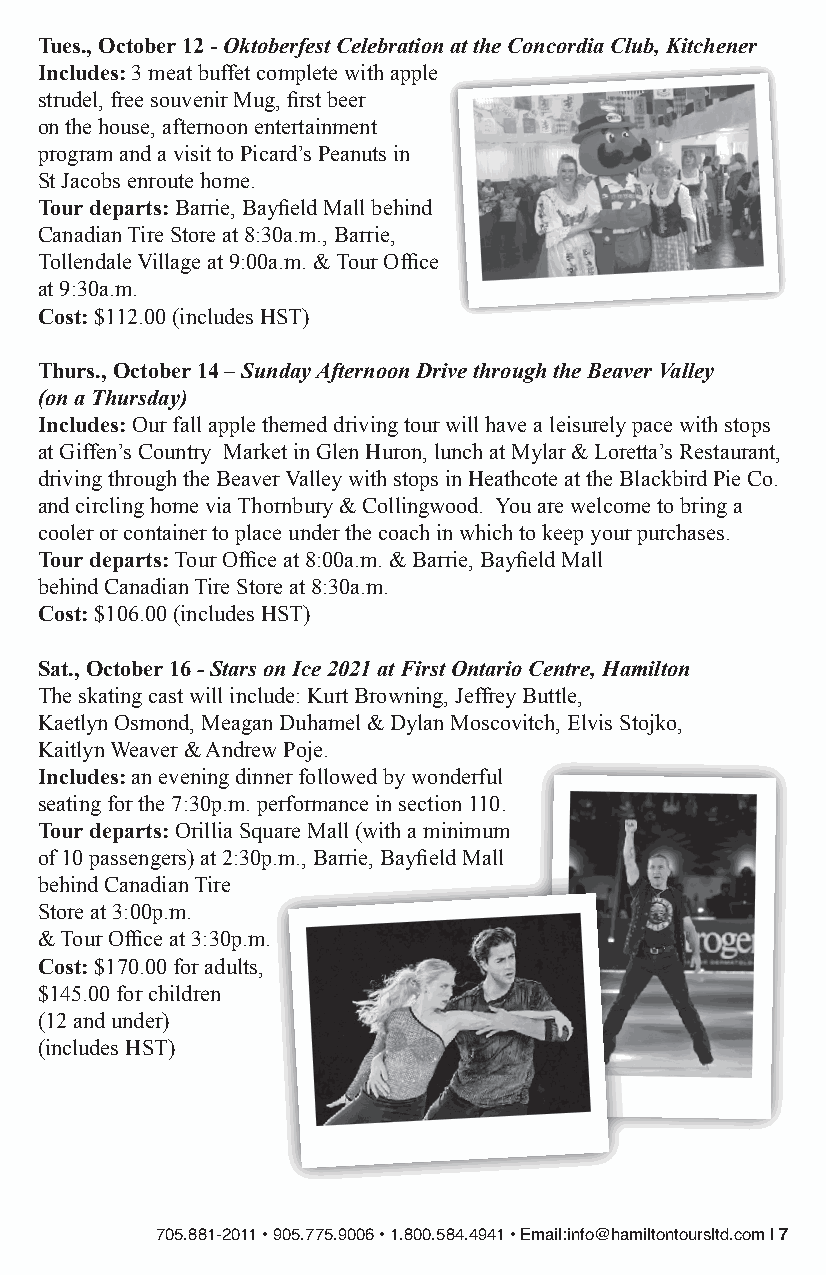
Tues., October 12 - Oktoberfest Celebration at the Concordia Club, Kitchener
 Includes: 3 meat buffet complete with apple
 strudel, free souvenir Mug, first beer
 on the house, afternoon entertainment
 program and a visit to Picard’s Peanuts in
 St Jacobs enroute home.
 Tour departs: Barrie, Bayfield Mall behind
 Canadian Tire Store at 8:30a.m., Barrie,
 Tollendale Village at 9:00a.m. & Tour Office
 at 9:30a.m.
 Cost: $112.00 (includes HST)
 Thurs., October 14 – Sunday Afternoon Drive through the Beaver Valley
 (on a Thursday)
 Includes: Our fall apple themed driving tour will have a leisurely pace with stops
 at Giffen’s Country Market in Glen Huron, lunch at Mylar & Loretta’s Restaurant,
 driving through the Beaver Valley with stops in Heathcote at the Blackbird Pie Co.
 and circling home via Thornbury & Collingwood. You are welcome to bring a
 cooler or container to place under the coach in which to keep your purchases.
 Tour departs: Tour Office at 8:00a.m. & Barrie, Bayfield Mall
 behind Canadian Tire Store at 8:30a.m.
 Cost: $106.00 (includes HST)
 Sat., October 16 - Stars on Ice 2021 at First Ontario Centre, Hamilton
 The skating cast will include: Kurt Browning, Jeffrey Buttle,
 Kaetlyn Osmond, Meagan Duhamel & Dylan Moscovitch, Elvis Stojko,
 Kaitlyn Weaver & Andrew Poje.
 Includes: an evening dinner followed by wonderful
 seating for the 7:30p.m. performance in section 110.
 Tour departs: Orillia Square Mall (with a minimum
 of 10 passengers) at 2:30p.m., Barrie, Bayfield Mall
 behind Canadian Tire
 Store at 3:00p.m.
 & Tour Office at 3:30p.m.
 Cost: $170.00 for adults,
 $145.00 for children
 (12 and under)
 (includes HST)
 705.881-2011 • 905.775.9006 • 1.800.584.4941 • Email:info@hamiltontoursltd.com | 7